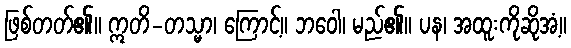
ဖြစ်တတ်၏။ ဣတိ-တသ္မာ၊ ကြောင့်။ ဘဝေါ၊ မည်၏။ ပန၊ အထူးကိုဆိုအံ့။